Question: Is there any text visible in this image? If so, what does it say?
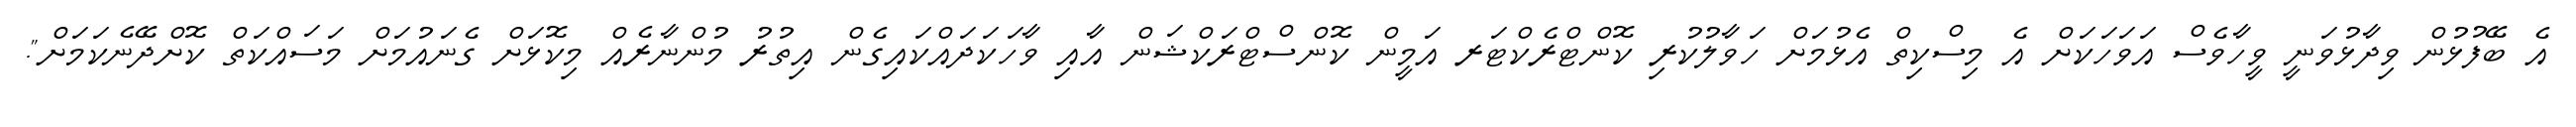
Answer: އެ ބޭފުޅުން ވިދާޅުވަނީ ވީހާވެސް އަވަހަކަށް އެ މިސްކިތް އެޅުމަށް ހަވާލުކުރި ކޮންޓްރެކްޓަރ އަމީން ކޮންސްޓްރަކްޝަން އާއި ވާހަކަދައްކައިގެން އިތުރު މުންނާރެއް މިކޮޅަށް ގެނައުމަށް މަސައްކަތް ކޮށްދޭނެކަމަށް".